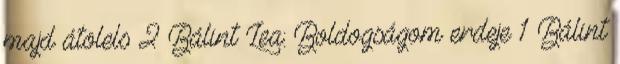
majd átölels 2 Bálint Lea: Boldogságom erdeje 1 Bálint